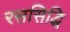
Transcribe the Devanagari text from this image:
रससिद्धि